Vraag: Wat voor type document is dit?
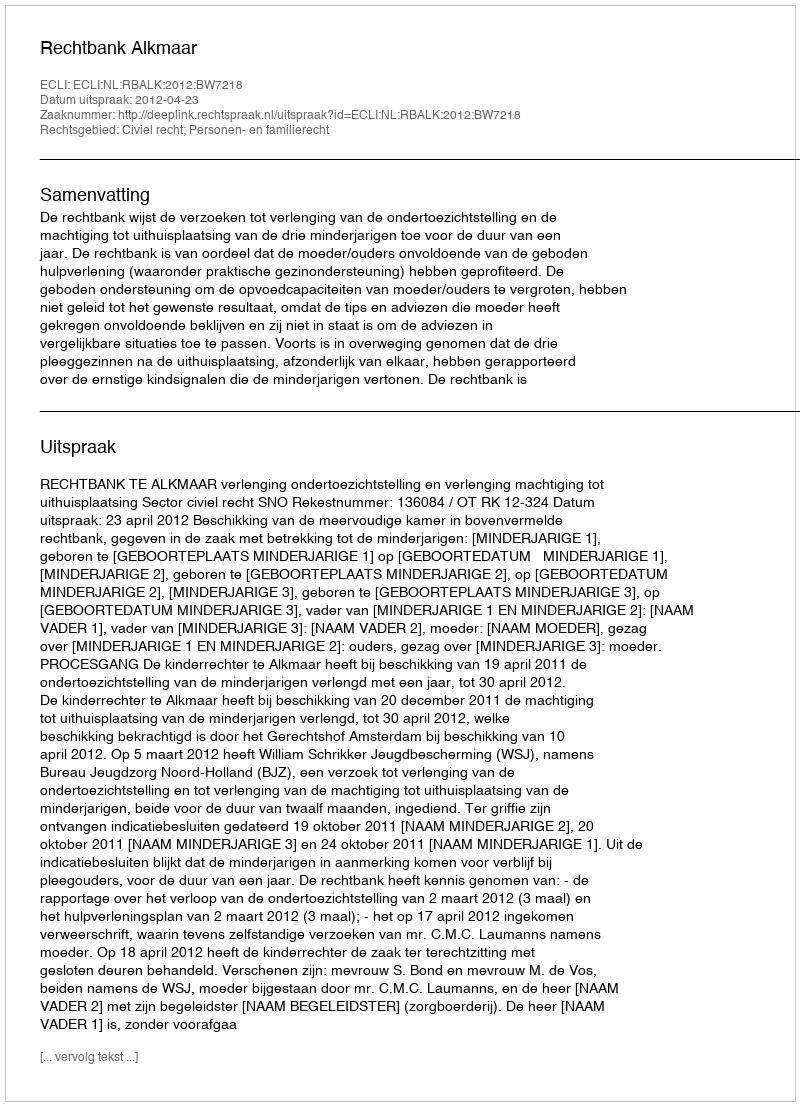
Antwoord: Uitspraak